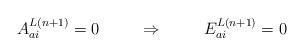
LaTeX: \begin{align*}A^{L(n+1)}_{ai} = 0 \hspace{1cm} \Rightarrow \hspace{1cm} E^{L(n+1)}_{ai} = 0\end{align*}